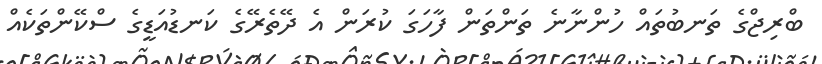
ބްރިޖްގެ ތަނބުތައް ހުންނާނެ ތަންތަން ފާހަގަ ކުރަން އެ ދޭތެރޭގެ ކަނޑުއަޑީގެ ސްކޭންތަކެއް